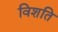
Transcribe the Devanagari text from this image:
विशति